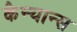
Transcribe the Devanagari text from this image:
कैन्यान्स